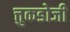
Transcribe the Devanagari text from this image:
त्तुकडोजी